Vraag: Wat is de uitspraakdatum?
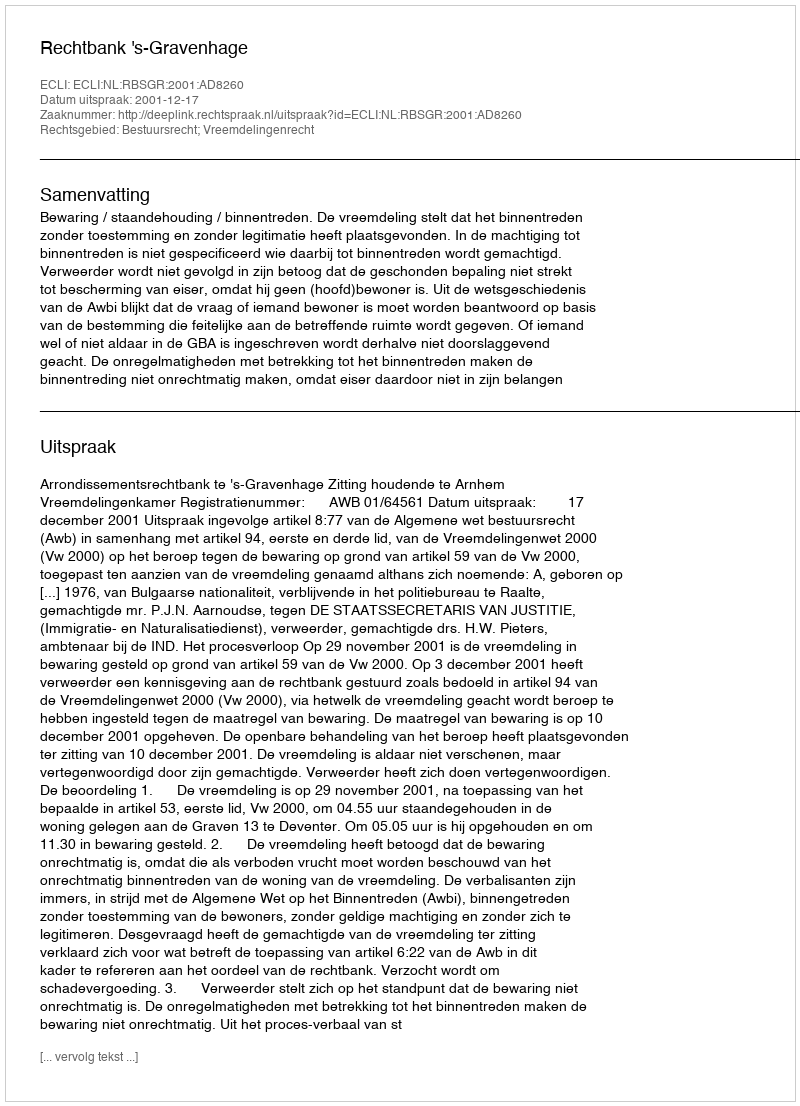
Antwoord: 2001-12-17